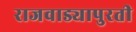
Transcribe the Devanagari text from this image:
राजवाड्यापुरती